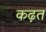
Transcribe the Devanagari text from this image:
कढ़त